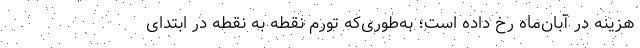
هزینه در آبان‌ماه رخ داده است؛ به‌طوری‌که تورم نقطه به نقطه در ابتدای